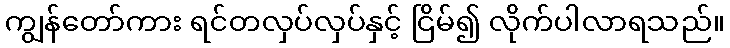
ကျွန်တော်ကား ရင်တလှပ်လှပ်နှင့် ငြိမ်၍ လိုက်ပါလာရသည်။